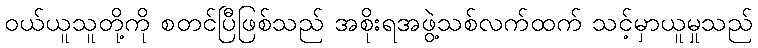
ဝယ်ယူသူတို့ကို စတင်ပြီဖြစ်သည် အစိုးရအဖွဲ့သစ်လက်ထက် သင့်မှာယူမှုသည်